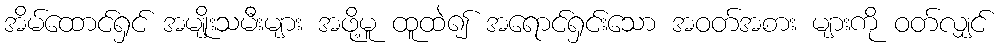
အိမ်ထောင်ရှင် အမျိုးသမီးများ အဖို့မူ ထူထဲ၍ အရောင်ရှင်းသော အဝတ်အစား များကို ဝတ်လျှင်